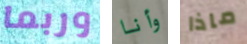
وربما وأنا ماذا